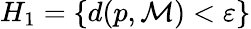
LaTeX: H_{1}=\{ d(p,{\mathcal{M}})<\varepsilon\}